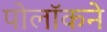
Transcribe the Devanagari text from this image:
पोलॉकने